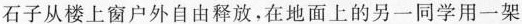
石子从楼上窗户外自由释放，在地面上的另一同学用一架